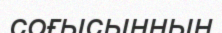
соғысынның